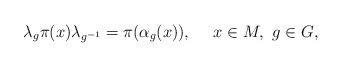
LaTeX: \begin{align*}\lambda_g\pi(x)\lambda_{g^{-1}}=\pi(\alpha_g(x)),\ \ \ \ x\in M,\ g\in G,\end{align*}